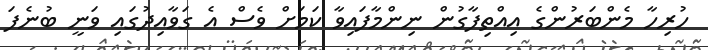
ހުރިހާ މެންބަރުންގެ އިއްތިފާގުން ނިންމާފައިވާ ކަމަށް ވެސް އެ ގަވާއިދުގައި ވަނީ ބުނެފަ